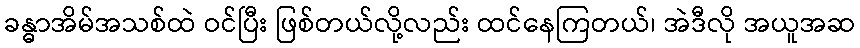
ခန္ဓာအိမ်အသစ်ထဲ ဝင်ပြီး ဖြစ်တယ်လို့လည်း ထင်နေကြတယ်၊ အဲဒီလို အယူအဆ